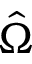
\hat { \Omega }